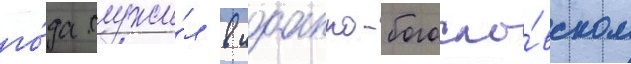
го́да служи́л в иоанно-богосло́вском